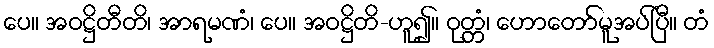
ပေ။ အဝဋ္ဌိတီတိ၊ အာရမဏံ၊ ပေ။ အဝဋ္ဌိတိ-ဟူ၍။ ဝုတ္တံ၊ ဟောတော်မူအပ်ပြီ။ တံ